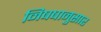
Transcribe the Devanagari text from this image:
निषषानुसार